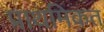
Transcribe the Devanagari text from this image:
प्राथमिकत